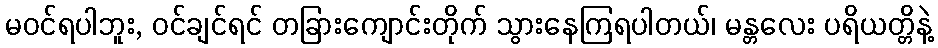
မဝင်ရပါဘူး, ဝင်ချင်ရင် တခြားကျောင်းတိုက် သွားနေကြရပါတယ်၊ မန္တလေး ပရိယတ္တိနဲ့